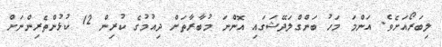
ލިބަރޯއަށެވެ. އަންމަ މަހު ބަންގްލަދޭޝަގައި އޮންނަ މުބާރާތަށް ދިއުމުގެ ކުރިން 12 ކުޅުންތެރިންނަށް